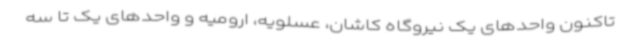
تاکنون واحدهای یک نیروگاه کاشان، عسلویه، ارومیه و واحدهای یک تا سه